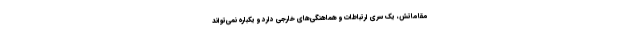
مقاماتش، یک سری ارتباطات و هماهنگی‌های خارجی دارد و یکباره نمی‌تواند